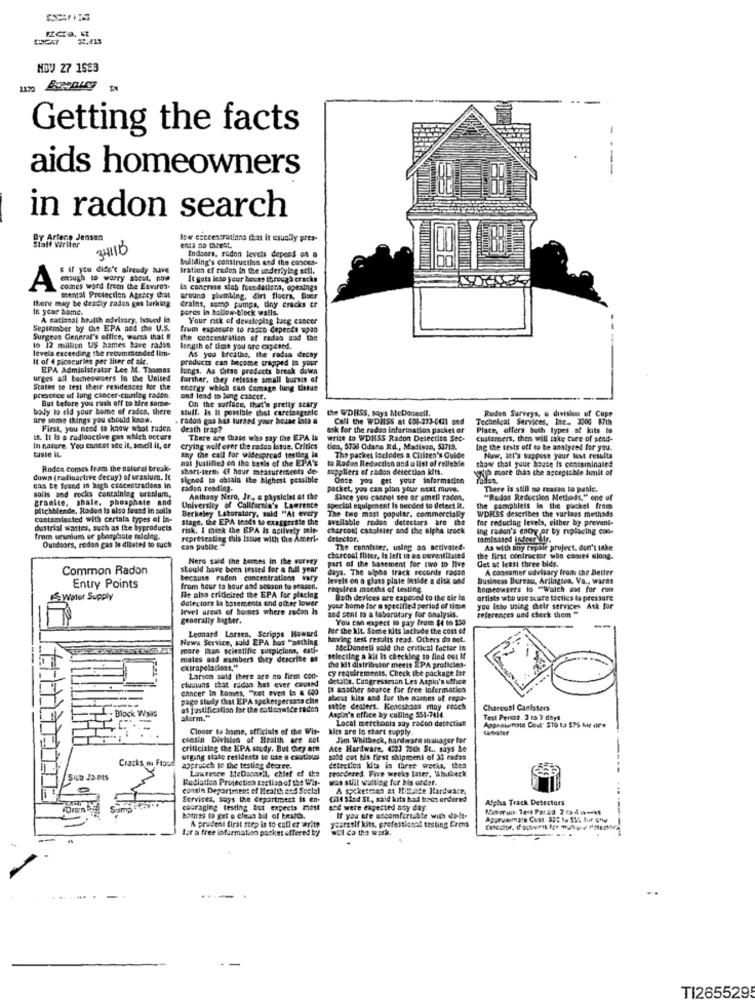
MOV 27 1583
Getting the facts
aids homeowners
in radon search
By Artece Jensen
Staff Writer
low esteensrations that it usually pres-
341/B
ents no threat
Baltding's constructlos and the cances-
Indoors, radon levels depend on a
# if you didn't already have
Iration of radon in the underlying stil.
maugh to worry about, now
It gets leto yeur bexse through cracks
A
commes word freen the Environ-
Is concrete slab foundations, opeaings
Ibene may be deadly rados gas lurking
mental Protection Agency chat
around plumbing, 4irt floors, floor
In your bame.
peres in hollow-block walls.
drains, sump pumpa, tiny cracks tr
A national health advisory, issued lo
Your risk of developing tueg cancer
September by the EPA and the U.S.
trum exposure to rasco depends wpad
Surgeas General's office, wares that &
the concentration of radas aad the
16 12 million US hames have radas
levels exceeding the recommended Ikm-
length of time you are exposed.
It of 4 picocuries per liter of alr.
products can become trapped is your
As you breathe, the radas decay
EPA Administrator Lee M. Thomas
lungs. As these predacts break down
urges all homeowners In the United
further. they release small bursts of
States se test their residences for the
energy which can damage tung titue
presence of lung cancer-causing radon
But before you rush off to bre some-
and lead to lung cancer.
body to rid your home of radon, there
stuff. Is It possible that carcinegenle
On the surface, that's pretty scary
the WDHSS, says MeDanecil.
Roden Surveys, e division uf Cope
are some things you should know.
radon god has turned your house 1549 a
Call the WDHISS at 608-273-0421 ond
Techelcal Services, Inc. 3506 87th
First, you need to know what raden
death trap?
ask for the rados inforination packet or
Place, offers both types of kits to
is. It Is a radioactive gas which occurs
There are those who say the EPA Is
write to WDHSS Radon Detection Sec-
customers, then will take ture of send-
tuste IL
In nature. You concot see it, amell it, or
crying wolf orer the rados issue. Critics
tica, 5738 Odana Rd ., Madison, 53715.
Ing the tests off to be analyzed for you.
mai Justified on the basis of the EPA's
say the call for widespread testing is
to Racon Redaction and a list of reliable
The packet leclodes a Citizen's Guide
show that your house is centerminated
Nuw, let's suppose your best results
Roden comes from the natural brook.
short-term 43 hour measurements de-
suppliers ef radon detection idft.
grilo more than the acceptable limit of
down (radiuactive decay') of uranium. It
signed to obtain the highest possible
Once you get your information
solis and rocks containing erenlum,
con te found in high concentrations in
radon reading.
packet, you can plan your next muve.
There is still no reason to panic.
granite, shale. phosphate and
Anthany Nero, Jr ., a physicist at the
Since you cannot see or smell raden,
"Radon Reducilon Methods," one of
Bltchblende. Raden Is also found in solls
Berkeley Laboratory, sald "At every
University of California's Lawrence
The two most popular, commercially
special equipment Is needed to detect IL.
the campblets in the puckel from
WDHSS describes the various methods
contamlected with certala types of In-
Stage, the EPA tends to exaggertite the
available rodon detectors are the
for reducing levels, either by prevent-
dustrial wastes, such as the byproducts
risk. I think the EPA Is actively mir-
charcoal canolsier and the alpha track
Ing radon's ency or by replacing con-
from uwalum or phosphate malcing.
representing this Issue with the Ameri-
detector,
tamisaned indrer Wir.
Outdoors, redan gas Is dilated to such
can public
The connister, using an activated-
As with any repair project. don't take
Nero said the bomes In the survey
charcoal Iliter, Is left in as emventilated
the first contractor who comes along.
Get at least three bids.
Common Radon
stould have been tested for a full year
days. The alpha track records raden
part of the basement for two to live
A consamer advisory from the Better
because radon concentrations vary
levels on a glass plate Inside a disk ond
Business Bureau, Arlington, Va ., waras
Entry Points
from hour to hour and season to season.
requires months of testing
homeowners to "Watch out for cum
Water Supply
dateciors la basements and olter lower
He also criticized the EPA for placing
Both devices are exposed to the tie In
artists who use acure tactics lo pressure
level ureus of homes where radon Is
your home for a specified period of time
and stal to a labaratury for analysis.
you lato using their services Ask for
generally higher.
You CM expect to pay from $4 to $50
references and check them "
Leonard Lorsen, Scripps Howard
For the kit. Some kits Include the con of
News Service, sold EPA has "nothing
having test results read. Others do not.
more than scitatifie suspicions, esti-
sac Dondell sold the critical factor in
mates nad mambers they describe os
selecting a kit Is checking to find out if
exirapelations."
cy requirements. Check the package for
the kit distribstor meets EPA proficies-
clusions that ridon has ever caused
Larson said there are no firm con-
detalls. Congressman Les Aspin's office
cancer In komes, "ret even In a 600
Is anather source for free Informatica
page study that EPA spokespersons cite
atest kits and for the names of ropa-
Block VAMIS
as justification for the cotionwide radon
satte dealers. Kenoshaas may reach
Charcoal Canisters
alarm."
Aspia's office by calling 551-7414
Local merchants say racon detection
Test Period. 3 ts 7 days
Closer Ba bame, officials of the Wis-
kits are lo short supply.
consin Division of Health are not
Jim Whitbeck, hardware manager for
criticizing the EPA study. But they are
Ace Hardware, 4223 25th St .. says he
Cracks mu Floot
urging state residents to use a cautious
sold out his first shipment of 35 nadas
approach to the testing decree.
Lawrence MeDoonn'a, chief of the
reordered. Five weeks later, Wähutveck
detection kits is three weeks, then
SiLo Ja mts
Radiation Protection ssclian of the Wis-
was suit watting for bis urdet.
consin Department of Health and Social
A socketmas at Hillde Hardware,
Services, says the department is en-
(Me Sted St ., said kits bad baen ordered
Alpha Track Detectors
coursging testing but expects most
and were expected any day.
homes to get e clean bil of beards.
If you are uncomfortable with do-it-
for a free informatico packet offered ty
A prudent first step is to call er war.te
yearself kits, professional testing Crms
TI265529